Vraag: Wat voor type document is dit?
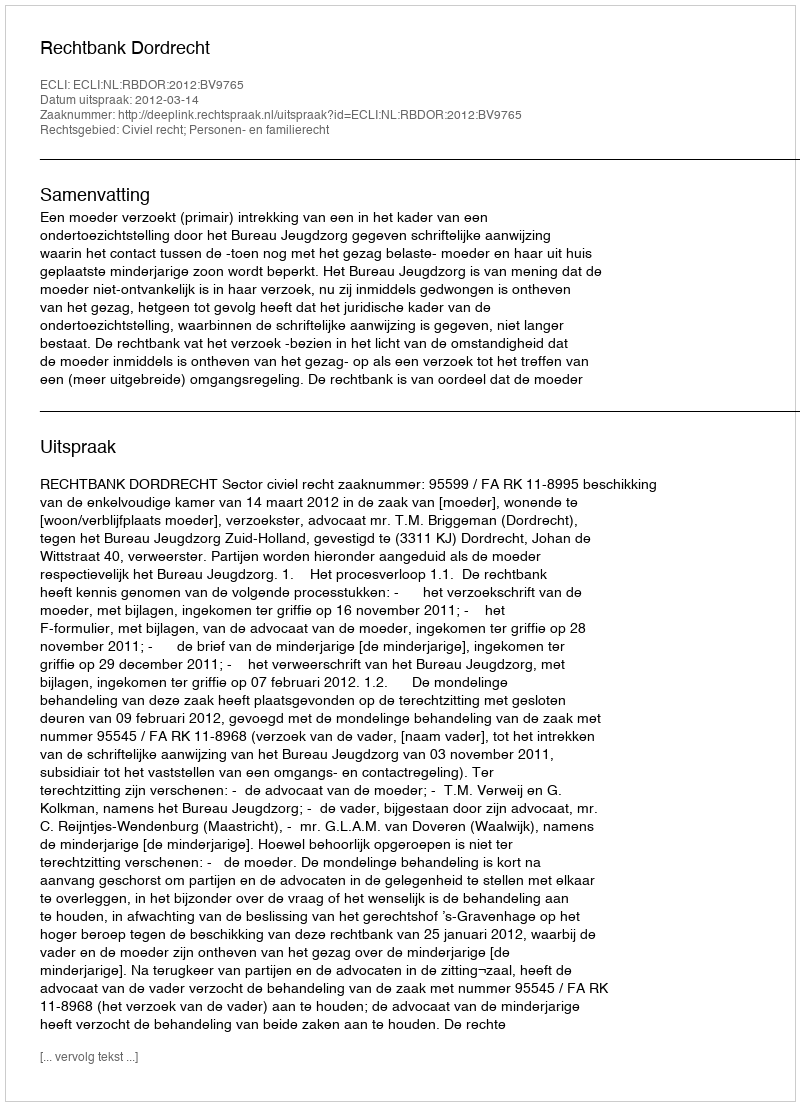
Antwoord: Uitspraak